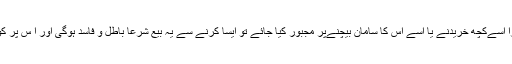
اگر کسی پر زبردستی کرکےمجبوراً اسےکچھ خریدنے یا اسے اس کا سامان بیچنےپر مجبور کیا جائے تو ایسا کرنے سے یہ بیع شرعاً باطل و فاسد ہوگی اور ا س پر کوئی مؤثرنتائج مرتّب نہیں ہوں گے۔